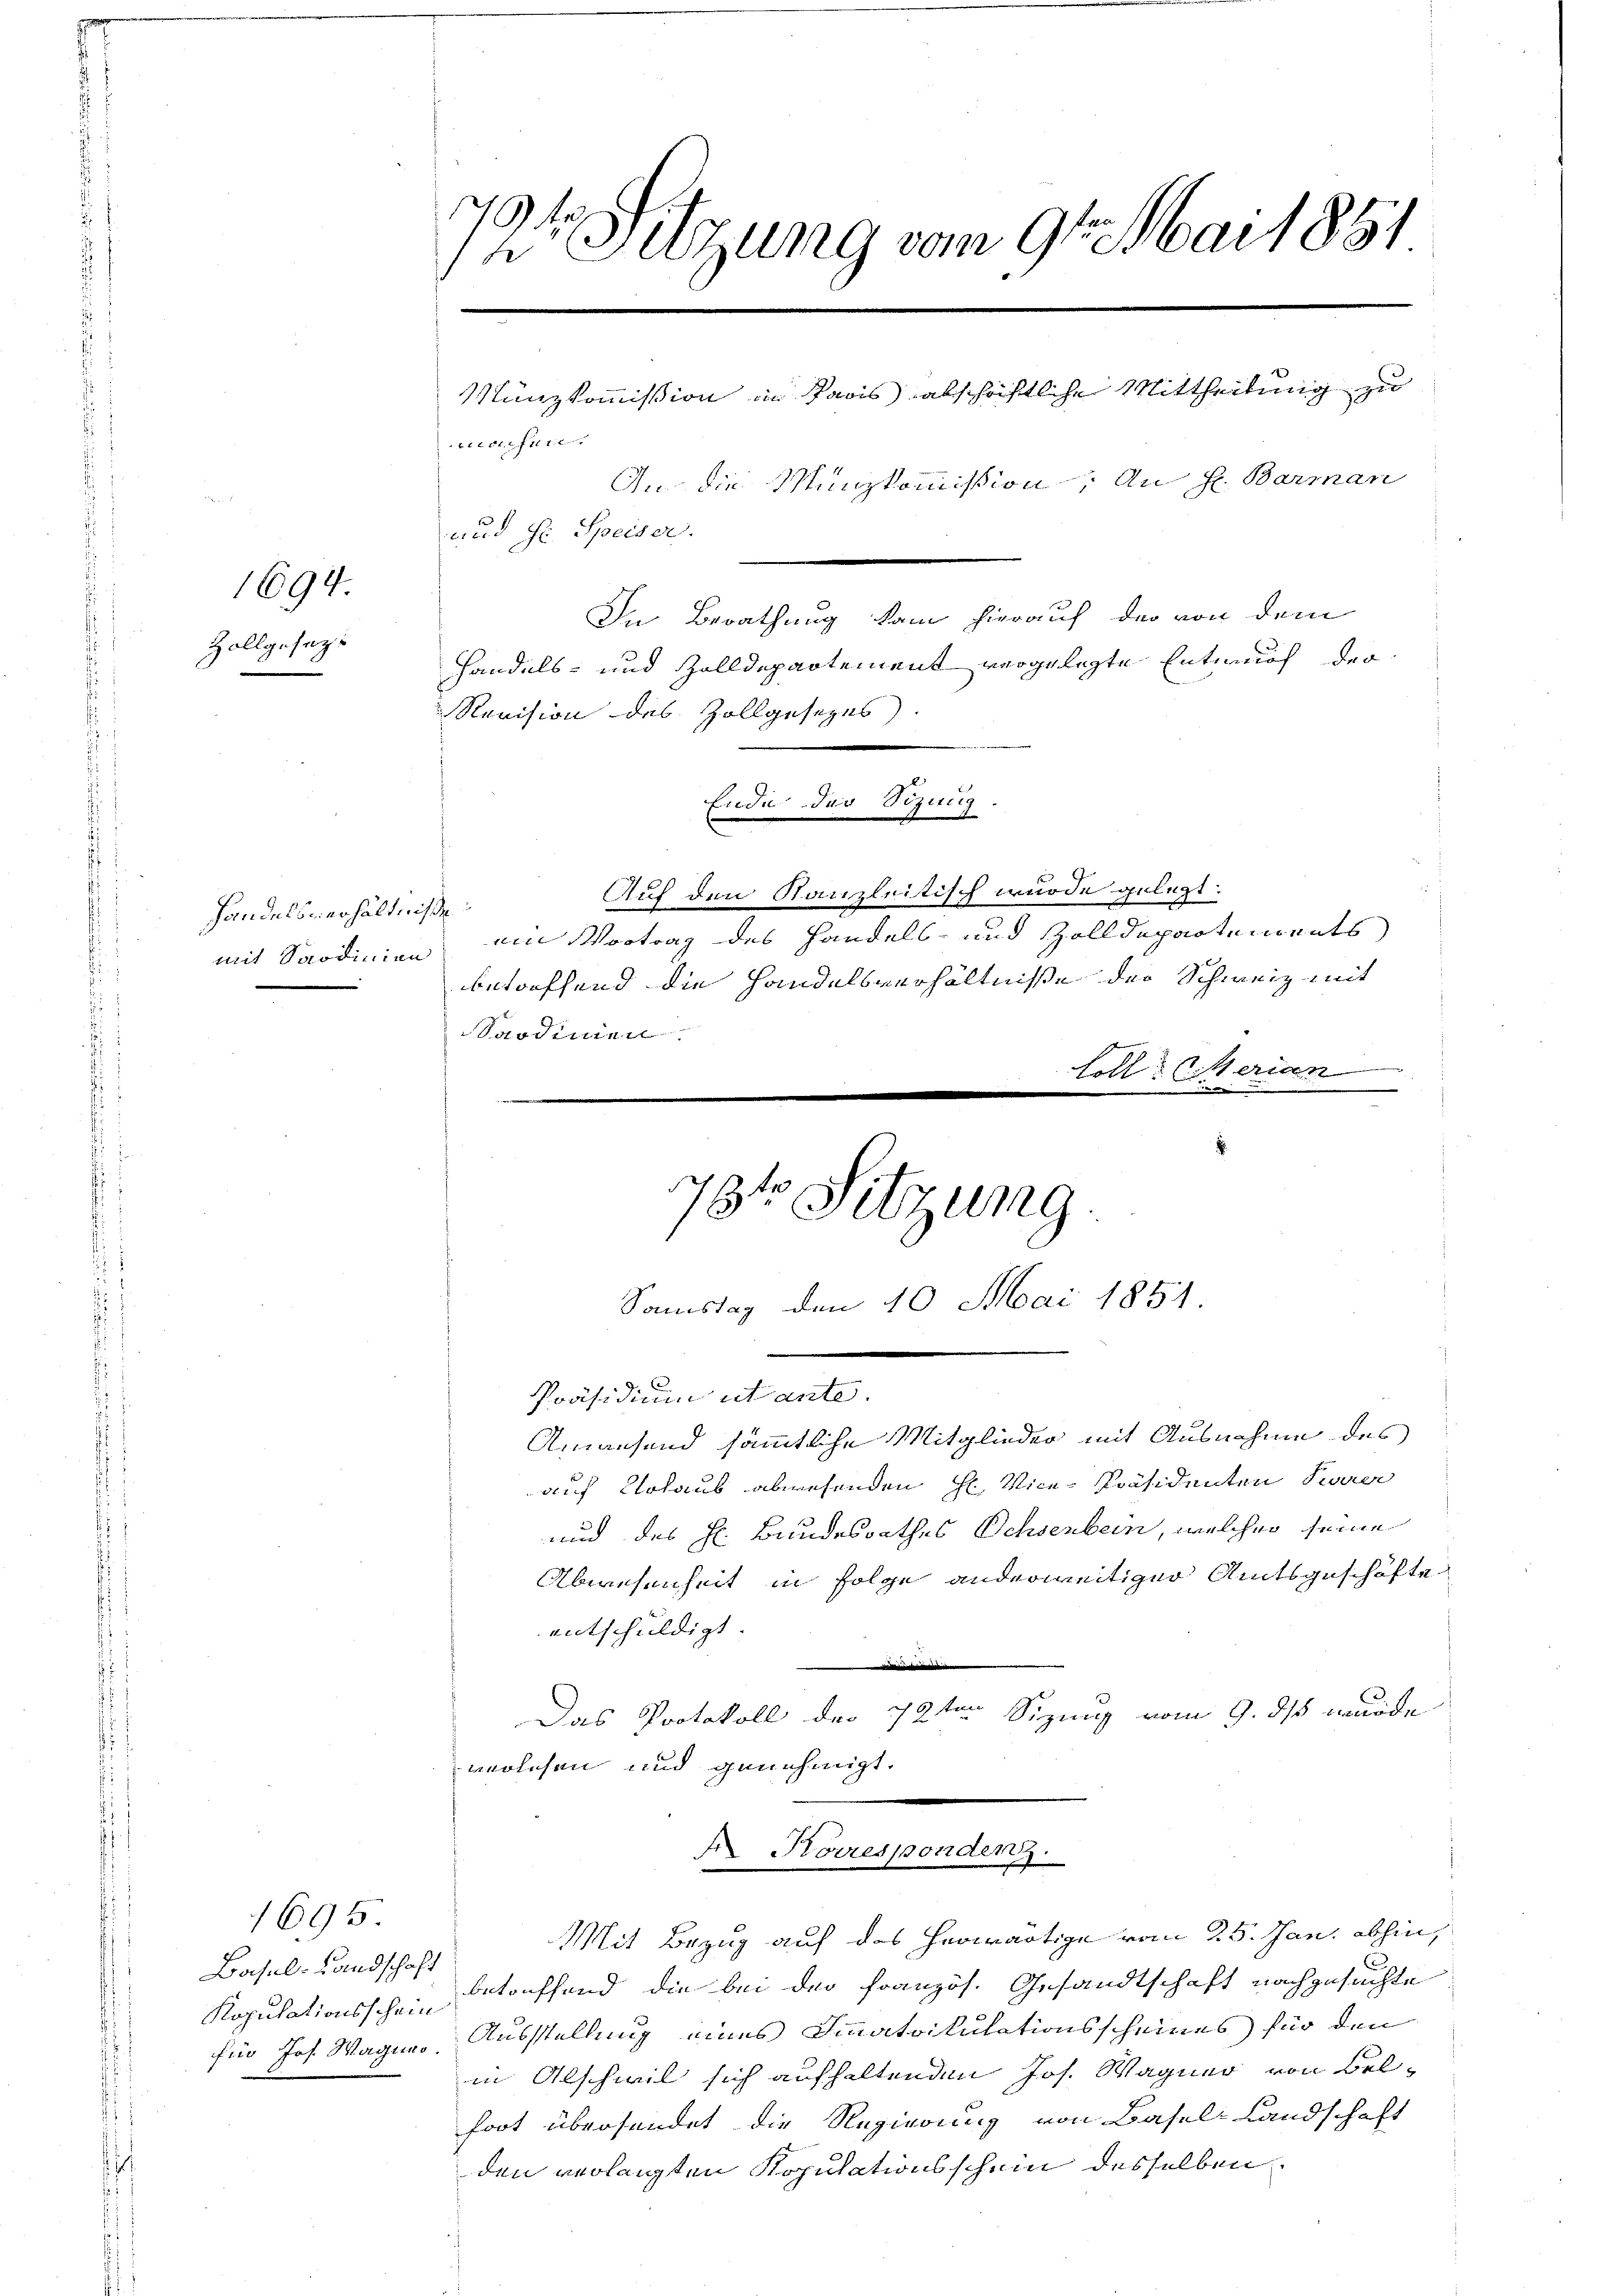
1694.

Zollgesezt

Handelsverhältnisse:

1695.

J
2r Sitzung vom 9te͇n Mai 1881
e
Münzkommission in Paris abschriftliche Mittheilung zu
f
An die Münzkommission, An H. Barman
g
aud Hr. Speiser.
In Berathung kam hierauf der von dem
Handels- und Zolldepartement vergelegte Entwurf der

Basel-Landschaft
für Jos. Magino.

Revision des Zollgesezes
Ende der Sizung.
Auf den Kanzleitisch wurde gelegt.
mit Sardinien ein Vortrag des Handels- und Zolldepartements
betreffend die Handelsverhältnisse der Schweiz mit
Sardinnen.
Folle Merian
d

datum damit
Anaesend sämmtliche Mitglieder mit Ausnahme des
auf Lolaus abwesenden H. Vice-Präsidenten Peuerer
und des H. Bundesrathes Ochsenbein, welcher seine
Abwesenheit in Folge anderweitiger Amtsgeschäfte
entschuldigt
i
Das Protokoll der 12ten Sizung vom 9. ds wurde
de
wolchen und genehmigt.
Korresponden.
Mit Bezug auf das herwärtige vom 25. Jan. abhin,
Kopulationsscheintreffend die bei der Französ. Gesandtschaft nachgesuchte
Ausstellung eines Finatoitulationsscheines für den
in Abschwil sich aufhaltenden Jos. Wagner von Belfort übersendet die Regierung von Basel-Landschaft
den verlangten Kopulationsschein desselben

.
.
79te Sitzung.
Sonstag den 10. Mai 1851